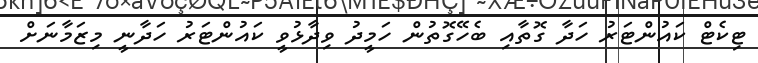
ޓިކެޓް ކައުންޓަރު ހަދާ ގޮތާއި ބެހޭގޮތުން ހަމީދު ވިދާޅުވީ ކައުންޓަރު ހަދާނީ މިޒަމާނަށް